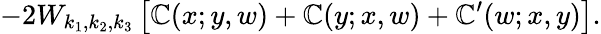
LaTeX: -2W_{k_{1},k_{2},k_{3}}\left[\mathbb{C}(x;y,w)+\mathbb{C}(y;x,w)+\mathbb{C}^{\prime}(w;x,y)\right].